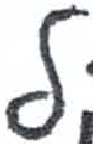
אות: ל